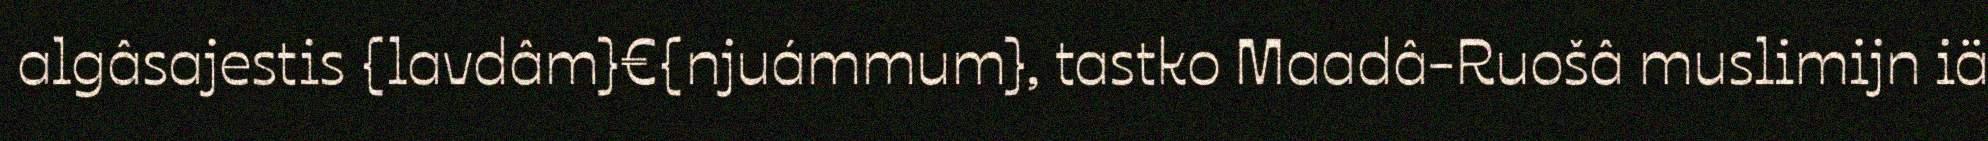
algâsajestis {lavdâm}€{njuámmum}, tastko Maadâ-Ruošâ muslimijn iä